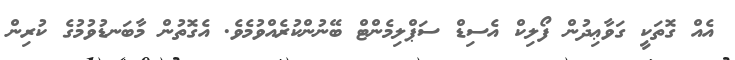
އެއް ގޮތަކީ ގަވާޢިދުން ފޯލިކް އެސިޑް ސަޕްލިމެންޓް ބޭނުންކުރެއްވުމެވެ. އެގޮތުން މާބަނޑުވުމުގެ ކުރިން